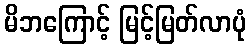
မိဘကြောင့် မြင့်မြတ်လာပုံ